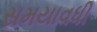
સમયાવધી